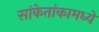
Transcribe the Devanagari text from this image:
सांकेतांकामध्ये